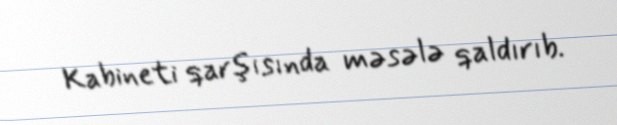
Kabineti qarşısında məsələ qaldırıb.